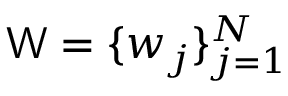
\mathsf { W } = \{ \boldsymbol { w } _ { j } \} _ { j = 1 } ^ { N }